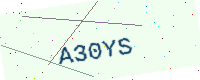
Text: A30YS